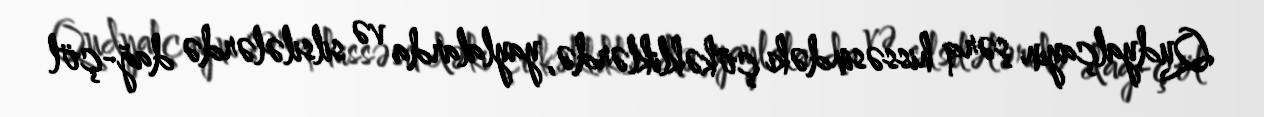
Qudyalçayın şərq hissəsindəki çökəkliklərdə, yaylalarda və silsilələrdə dağ-çöl